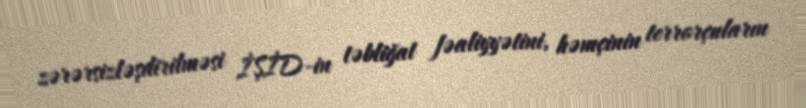
zərərsizləşdirilməsi İŞİD-in təbliğat fəaliyyətini, həmçinin terrorçuların